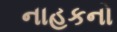
નાહકનો